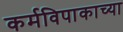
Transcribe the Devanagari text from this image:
कर्मविपाकाच्या